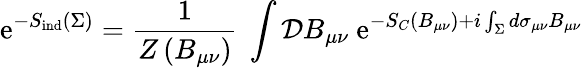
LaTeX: \mathrm{e}^{-S_{\mathrm{ind}}\left(\Sigma\right)}={\frac{1}{Z\left(B_{\mu\nu}\right)}}\ \int{\cal D}B_{\mu\nu}\ \mathrm{e}^{-S_{C}\left(B_{\mu\nu}\right)+i\int_{\Sigma}d\sigma_{\mu\nu}B_{\mu\nu}}